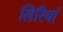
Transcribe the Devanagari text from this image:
लिरियां